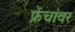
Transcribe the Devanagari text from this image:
फ्रेंचांवर